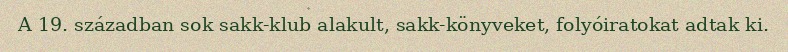
A 19. században sok sakk-klub alakult, sakk-könyveket, folyóiratokat adtak ki.